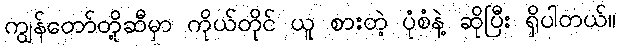
ကျွန်တော်တို့ဆီမှာ ကိုယ်တိုင် ယူ စားတဲ့ ပုံစံနဲ့ ဆိုပြီး ရှိပါတယ်။